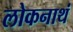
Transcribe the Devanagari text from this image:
लोकनाथं